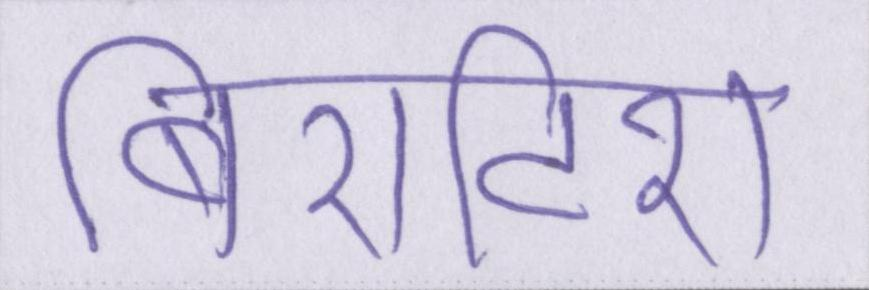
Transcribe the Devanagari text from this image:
बि्रटिश